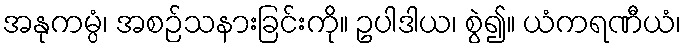
အနုကမ္ပံ၊ အစဉ်သနားခြင်းကို။ ဥပါဒါယ၊ စွဲ၍။ ယံကရဏီယံ၊